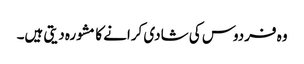
وہ فردوس کی شادی کرانے کا مشورہ دیتی ہیں۔